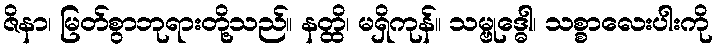
ဇိနာ၊ မြတ်စွာဘုရားတို့သည်။ နတ္ထိ၊ မရှိကုန်။ သမ္ဗုဒ္ဓေါ၊ သစ္စာလေးပါးကို